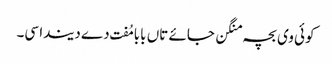
کوئی وی بچہ منگن جائے تاں بابا مُفت دے دیندا سی۔